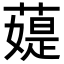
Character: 𦼙